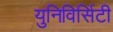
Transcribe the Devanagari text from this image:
युनिविर्सिटी